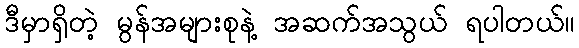
ဒီမှာရှိတဲ့ မွန်အများစုနဲ့ အဆက်အသွယ် ရပါတယ်။